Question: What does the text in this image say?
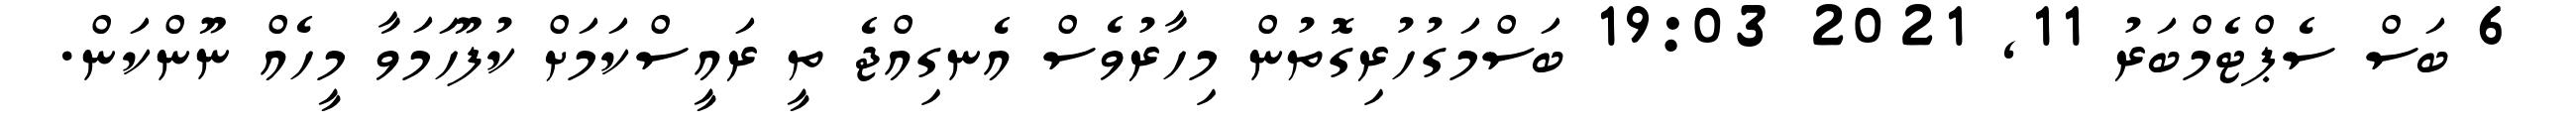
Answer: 6 ބަސް ސެޕްޓެމްބަރު 11, 2021 19:03 ބަސްމަގުހުރިގޮތުން މިހާރުވެސް އެނގިއްޖެ ތީ ރައީސްކަމަށް ކުފޫހަމަވާ މީހެއް ނޫންކަން.